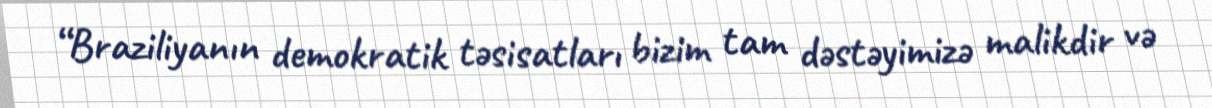
“Braziliyanın demokratik təsisatları bizim tam dəstəyimizə malikdir və